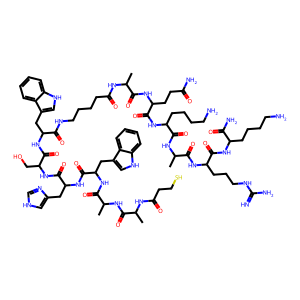
SMILES: CC(NC(=O)CCS)C(=O)NC(C)C(=O)NC(Cc1c[nH]c2ccccc12)C(=O)NC(Cc1c[nH]cn1)C(=O)NC(CO)C(=O)NC(Cc1c[nH]c2ccccc12)C(=O)NCCCCC(=O)NC(C)C(=O)NC(CCC(N)=O)C(=O)NC(CCCCN)C(=O)NC(C)C(=O)NC(CCCNC(=N)N)C(=O)NC(CCCCN)C(N)=O
Inhibits HIV replication: No